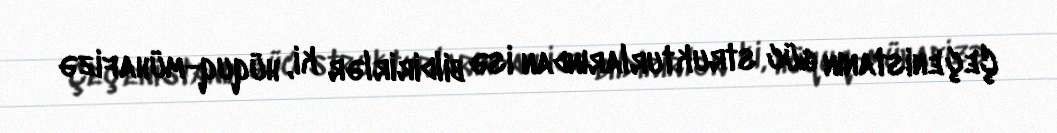
Çeçenistanın güc strukturlarından isə bildirirlər ki, hüquq-mühafizə